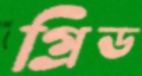
গ্রিড